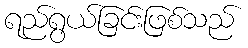
ရည်ရွယ်ခြင်းဖြစ်သည်